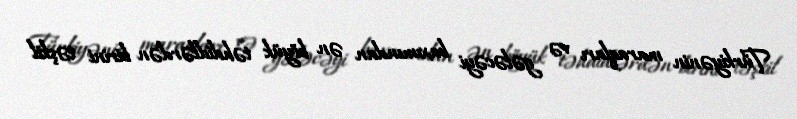
Türkiyənin maraqları və gələcəyi baxımından ən böyük təhdidlərdən birini təşkil